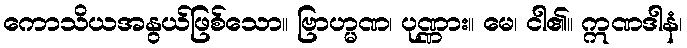
ကောသိယအနွယ်ဖြစ်သော။ ဗြာဟ္မဏ၊ ပုဏ္ဏား။ မေ၊ ငါ၏။ ဣဏဒါနံ၊